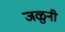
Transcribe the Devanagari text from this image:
जळुनी